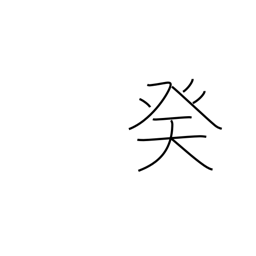
Meaning: 10th calendar sign